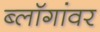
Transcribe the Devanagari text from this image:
ब्लॉगांवर